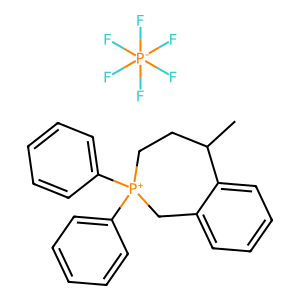
SMILES: CC1CC[P+](c2ccccc2)(c2ccccc2)Cc2ccccc21.F[P-](F)(F)(F)(F)F
Inhibits HIV replication: No